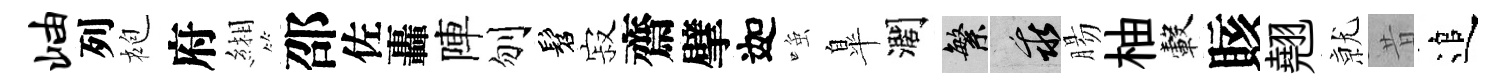
岫列袍府緗邵佐轟陣刎髫寂齋擘迦𫪻臯濶繁乖腸柚轂賅翹𭕒昔追